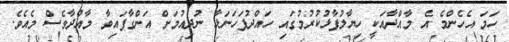
ހަމަ އެހެންމެ އެ މާއްދާއަކީ ހިޔާލުފާޅުކުރުމުގައި ހައްދުފަހަނަޅާ ނުދިއުމަށް އަންގާފައިވާ މާއްދާވެސް މެއެވެ.